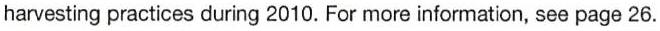
harvesting practices during 2010. For more information, see page 26.